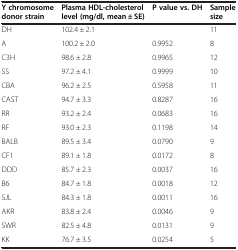
<table><thead><tr><td><b>Y chromosome donor strain</b></td><td><b>Plasma HDL-cholesterol level (mg/dl, mean ± SE)</b></td><td><b>P value vs. DH</b></td><td><b>Sample size</b></td></tr></thead><tbody><tr><td>DH</td><td>102.4 ± 2.1</td><td> </td><td>11</td></tr><tr><td>A</td><td>100.2 ± 2.0</td><td>0.9952</td><td>8</td></tr><tr><td>C3H</td><td>98.6 ± 2.8</td><td>0.9965</td><td>12</td></tr><tr><td>SS</td><td>97.2 ± 4.1</td><td>0.9999</td><td>10</td></tr><tr><td>CBA</td><td>96.2 ± 2.5</td><td>0.5958</td><td>11</td></tr><tr><td>CAST</td><td>94.7 ± 3.3</td><td>0.8287</td><td>16</td></tr><tr><td>RR</td><td>93.2 ± 2.4</td><td>0.0683</td><td>16</td></tr><tr><td>RF</td><td>93.0 ± 2.3</td><td>0.1198</td><td>14</td></tr><tr><td>BALB</td><td>89.5 ± 3.4</td><td>0.0790</td><td>9</td></tr><tr><td>CF1</td><td>89.1 ± 1.8</td><td>0.0172</td><td>8</td></tr><tr><td>DDD</td><td>85.7 ± 2.3</td><td>0.0037</td><td>16</td></tr><tr><td>B6</td><td>84.7 ± 1.8</td><td>0.0018</td><td>12</td></tr><tr><td>SJL</td><td>84.3 ± 1.8</td><td>0.0011</td><td>16</td></tr><tr><td>AKR</td><td>83.8 ± 2.4</td><td>0.0046</td><td>9</td></tr><tr><td>SWR</td><td>82.5 ± 4.8</td><td>0.0131</td><td>9</td></tr><tr><td>KK</td><td>76.7 ± 3.5</td><td>0.0254</td><td>5</td></tr></tbody></table>